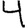
Digit: 4